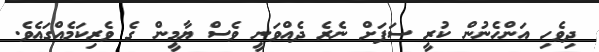
ދިވެހި އަންހެނުން ކުރީ ސަފަށް ނެރެ ދެއްވަނީ ވެސް ޔާމީން ގެ ވެރިކަމެއްގައެވެ.